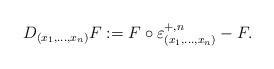
LaTeX: \begin{align*}D_{(x_1,\ldots,x_n)} F:= F\circ \varepsilon_{(x_1,\ldots,x_n)}^{+,n} - F.\end{align*}